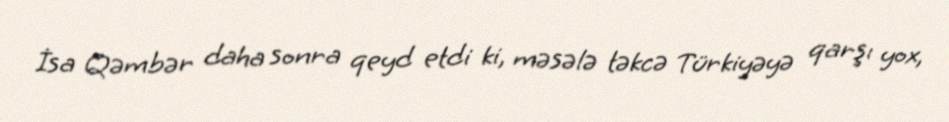
İsa Qəmbər daha sonra qeyd etdi ki, məsələ təkcə Türkiyəyə qarşı yox,